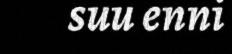
suu enni